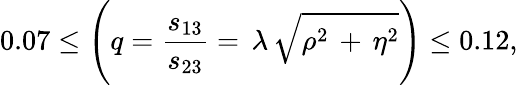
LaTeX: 0.07\leq{\Biggl({q={\frac{s_{13}}{s_{23}}}}=\, \lambda\, \sqrt{\rho^{2}\, +\, \eta^{2}}\Biggr)}\leq 0.12,